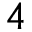
4